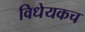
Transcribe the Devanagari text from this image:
विधेयकच